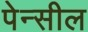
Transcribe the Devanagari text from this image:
पेन्सील